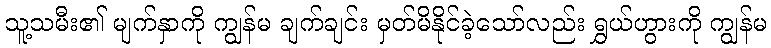
သူ့သမီး၏ မျက်နှာကို ကျွန်မ ချက်ချင်း မှတ်မိနိုင်ခဲ့သော်လည်း ရွှယ်ဟွားကို ကျွန်မ